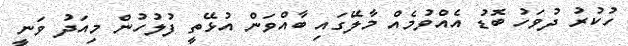
ހުކުރު ދުވަހު ބޮޑު އެއްވުމެއް މާލޭގައި ބާއްވަން އުޅޭތީ ފުލުހުން މިއަދު ވަނީ